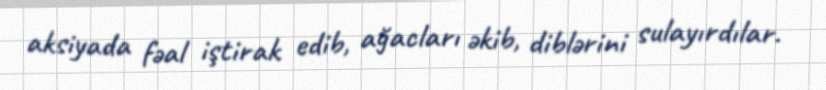
aksiyada fəal iştirak edib, ağacları əkib, diblərini sulayırdılar.